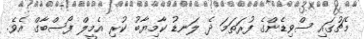
މެޗުގައި ސްވިޑެންގެ ފުރަތަމަ ދެ ލަނޑު ކާާމިޔާބު ކުރި އެމީލް ފޯސްބާގް އެވެ.